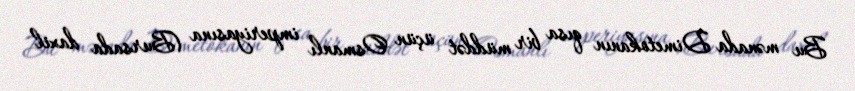
Bu mənada Dimetokanın qısa bir müddət üçün Osmanlı imperiyasına (Bursada daxil